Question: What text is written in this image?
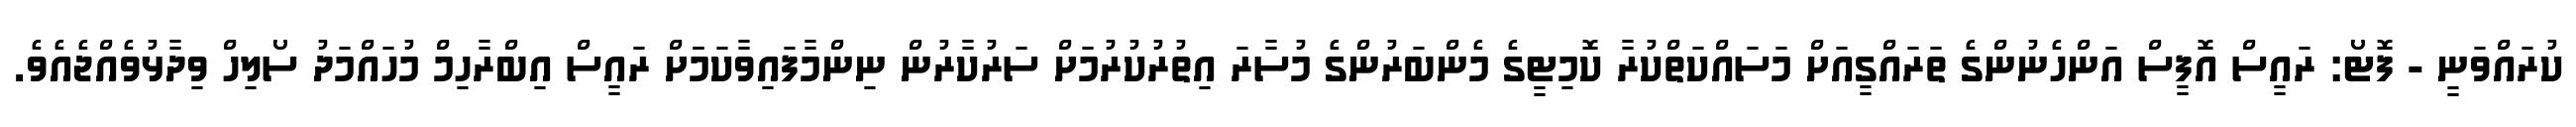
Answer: ކުރައްވަނީ - ފޮޓޯ: ރައީސް އޮފީސް އަންހެނުންގެ ތަރައްގީއަށް މަސައްކަތްކުރާ ކޮމިޓީގެ މެންބަރުންގެ މުސާރަ އިތުރުކުރުމަށް ސަރުކާރުން ނިންމާފައިވާކަމަަށް ރައީސް އިބްރާހިމް މުހައްމަދު ސޯލިހް ވިދާޅުވެއްޖެއެވެ.